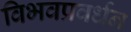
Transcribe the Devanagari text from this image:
विभवप्रवर्धन